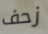
زحف